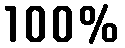
100%